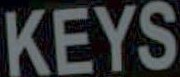
KEYS